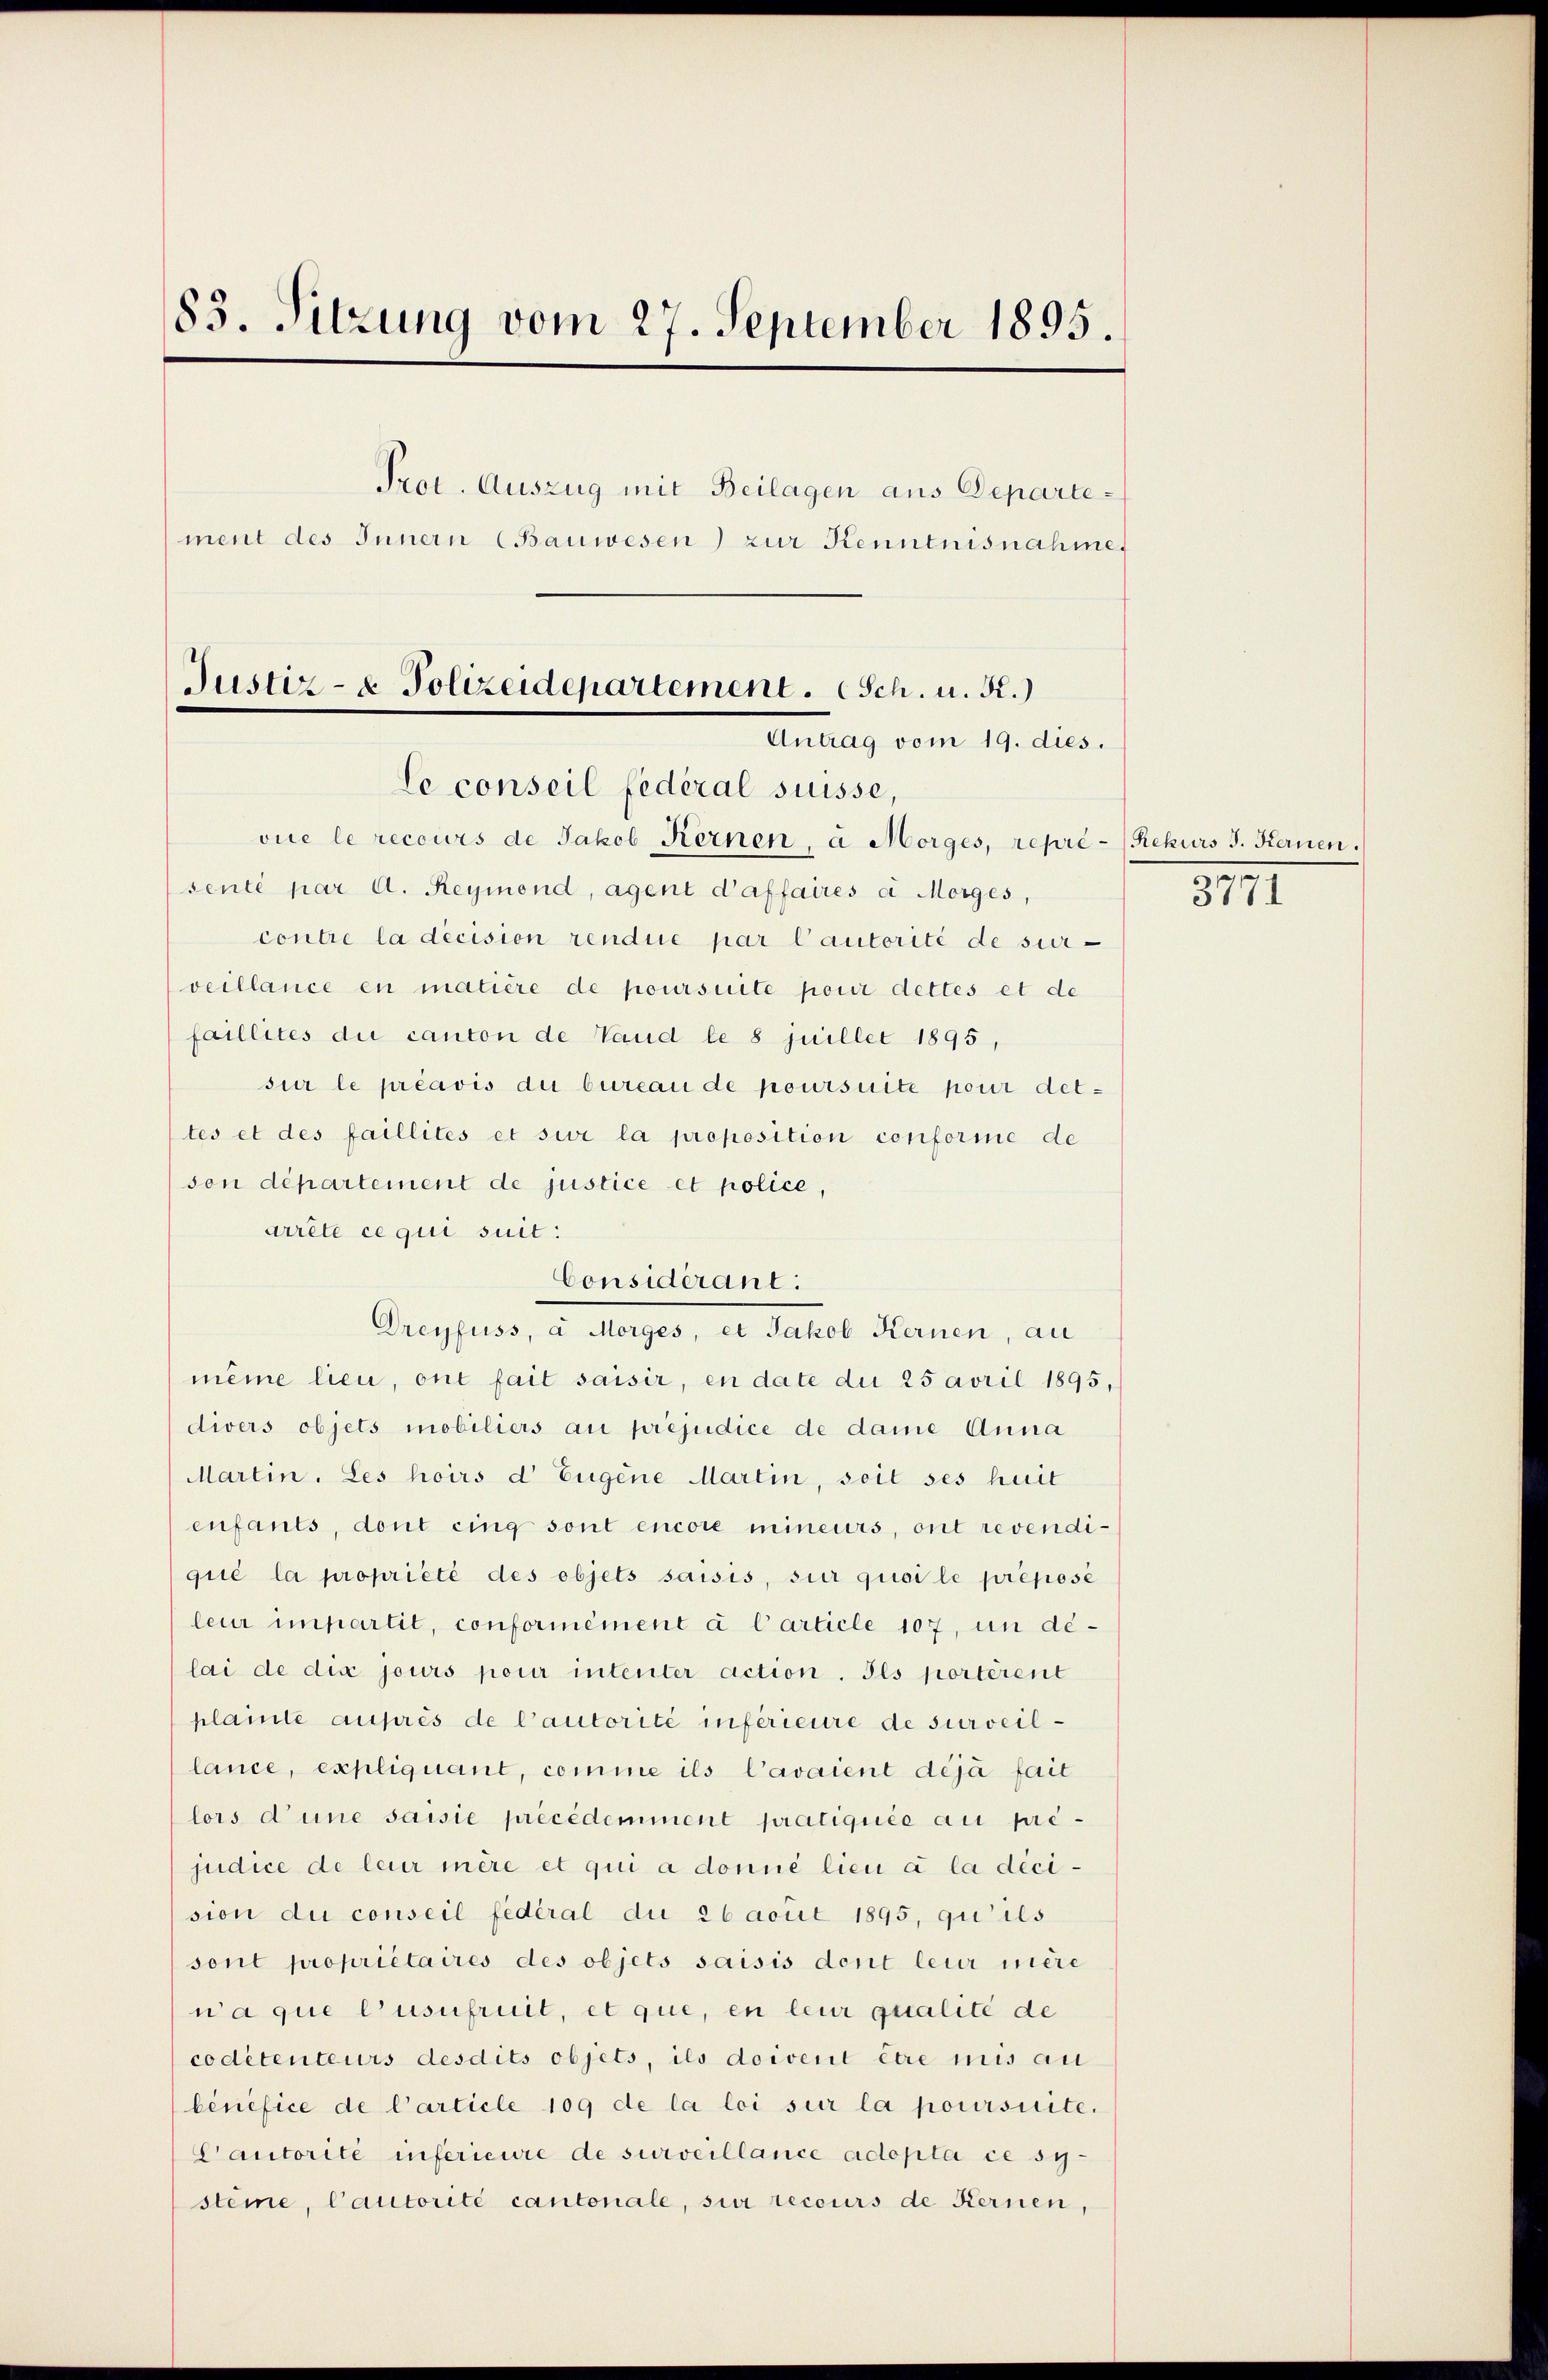
83. Sitzung vom 27. September 1895.
Prot. Auszug mit Beilagen aus Departement des Innern (Bauwesen) zur Kenntnisnahme,
Justiz- & Polizeidepartement. Sch. u. R.)
Antrag vom 19. dies.

Le conseil fédéral suisse,
vie le recours de Jakob Kernen, à Morges, repre- Rekurs J. Kernen.

sente par A. Reymond, agent d’affaires à Morges,
contre la decision rendue par l’autorité de sur-
veillance en matière de poursuite pour dettes et de
faillites die canton de Vaud le 8 juillet 1895,
sur le préavis die bureau de poursuite pour dettes et des faillités et sur la proposition conforme de
son département de justice et police,
arrête ce qui suit:
Considérant:
Dreyfuss, a Morges, et Jakob Kernen, au
meine lieu, ont fait saisir, en date du 25 avril 1895,
divers objets mobiliers au préjudice de dame Anna
Martin. Les hoirs d Eugene Martin, soit ses huit
enfants, dont eing sont encore mineurs, ont revendique la propriété des objets saisis, sur quoi le preposé
leur impartit, conformêment à l’article 107, in delai de dix jours pour intenter action. Ils porterent
plainte auprès de Cautorité inférieure de surveillance, expliquant, comme ils Cavaient déjà fait
lors d’une saisie précédemment pratiquée au pré-
judice de leur mère et qui a donné lieu à la déci-
sion du conseil fédéral du 26 acuit 1895, qu’ils
sont propriétaires des objets saisis dont leur mère
na que l’usufruit, et que, en leur qualité de
codétenteurs desdits objets, ils doivent être mis au
bénéfice de Carticle 109 de la loi sur la poursuite.
Cautorité inferieure de surveillance adopta ce systeine, Cautorité cantonale, sur recours de Kernen,

3771